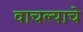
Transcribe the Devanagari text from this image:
वाचल्याचे